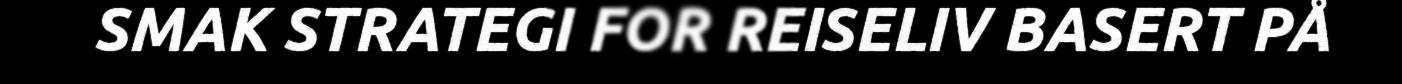
SMAK STRATEGI FOR REISELIV BASERT PÅ